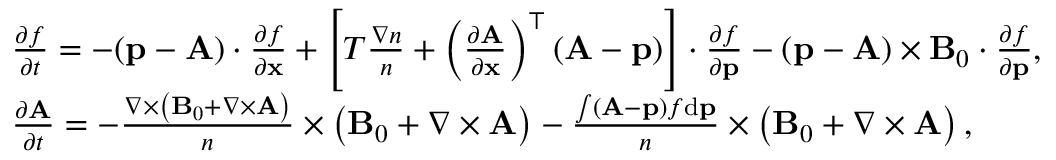
\begin{array} { r l } & { \frac { \partial f } { \partial t } = - ( { \mathbf p } - { \mathbf A } ) \cdot \frac { \partial f } { \partial { \mathbf x } } + \left[ T \frac { \nabla n } { n } + \left( \frac { \partial { \mathbf A } } { \partial \mathbf x } \right) ^ { \top } ( { \mathbf A } - { \mathbf p } ) \right] \cdot \frac { \partial f } { \partial { \mathbf p } } - ( { \mathbf p } - { \mathbf A } ) \times { \mathbf B } _ { 0 } \cdot \frac { \partial f } { \partial { \mathbf p } } , } \\ & { \frac { \partial { \mathbf A } } { \partial t } = - \frac { \nabla \times \left( { \mathbf B } _ { 0 } + \nabla \times { \mathbf A } \right) } { n } \times \left( { \mathbf B } _ { 0 } + { \nabla \times { \mathbf A } } \right) - \frac { \int ( { \mathbf A } - { \mathbf p } ) f \mathrm { d } { \mathbf p } } { n } \times \left( { { \mathbf B } _ { 0 } + \nabla \times { \mathbf A } } \right) , } \end{array}